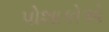
પોશાકોએ